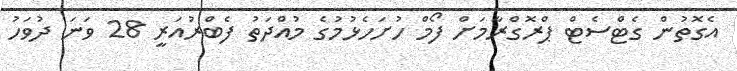
އެގޮތުން ގެޓްސެޓް ޕްރޮގްރާމަށް ފޯމް ހުށަހެޅުމުގެ މުއްދަތު ފެބްރުއަރީ 28 ވަނަ ދުވަހު